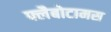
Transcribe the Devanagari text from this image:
फ्लैबोटामस